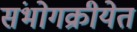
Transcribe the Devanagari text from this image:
संभोगक्रीयेत